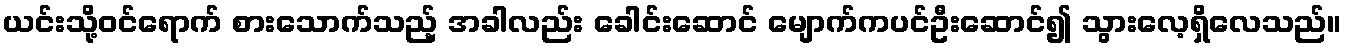
ယင်းသို့ဝင်ရောက် စားသောက်သည့် အခါလည်း ခေါင်းဆောင် မျောက်ကပင်ဦးဆောင်၍ သွားလေ့ရှိလေသည်။